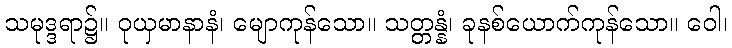
သမုဒ္ဒရာ၌။ ဝုယှမာနာနံ၊ မျောကုန်သော။ သတ္တန္နံ၊ ခုနစ်ယောက်ကုန်သော။ ဝေါ၊